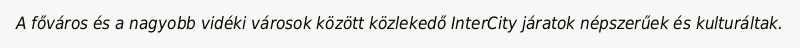
A főváros és a nagyobb vidéki városok között közlekedő InterCity járatok népszerűek és kulturáltak.